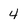
Character: 4